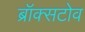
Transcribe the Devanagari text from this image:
ब्रॉक्सटोव